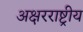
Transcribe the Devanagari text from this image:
अक्षरराष्ट्रीय